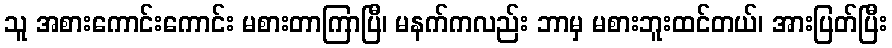
သူ အစားကောင်းကောင်း မစားတာကြာပြီ၊ မနက်ကလည်း ဘာမှ မစားဘူးထင်တယ်၊ အားပြတ်ပြီး